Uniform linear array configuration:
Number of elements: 48
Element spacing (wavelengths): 1
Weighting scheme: hamming
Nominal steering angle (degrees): -45
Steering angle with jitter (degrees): -43.944
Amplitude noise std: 0.05
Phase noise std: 0.05

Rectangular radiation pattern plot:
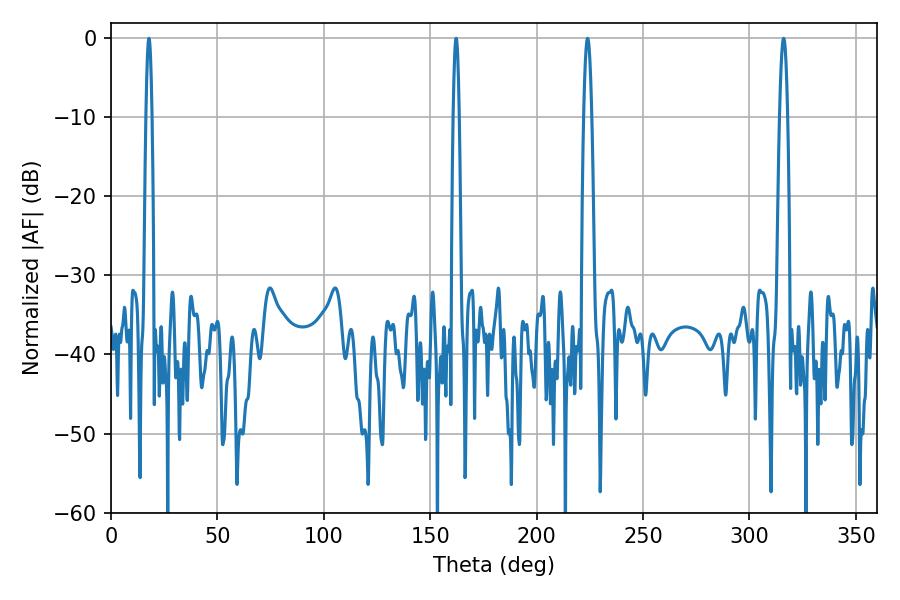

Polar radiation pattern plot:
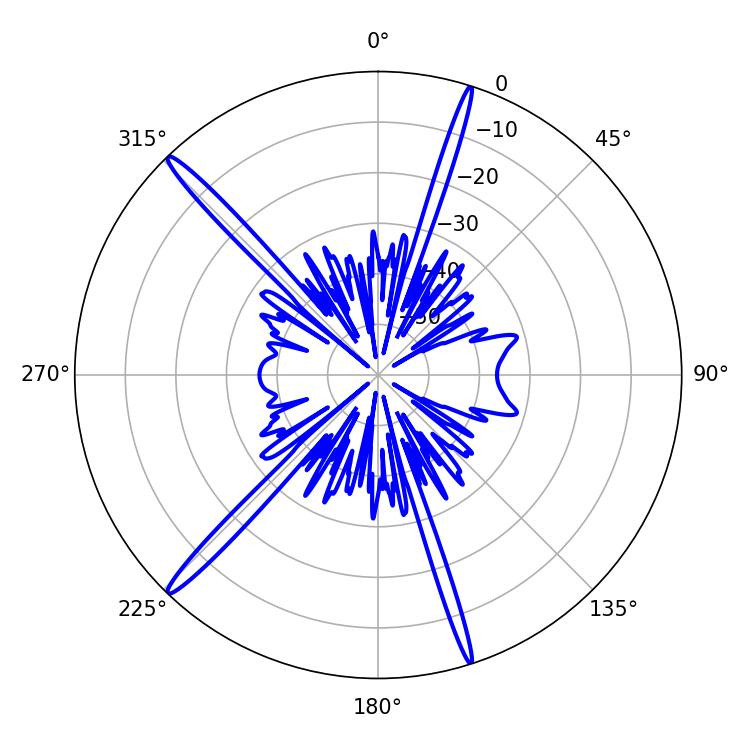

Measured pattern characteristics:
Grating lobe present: TRUE
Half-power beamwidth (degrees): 1.44
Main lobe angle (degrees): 17.82